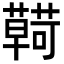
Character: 𮒠